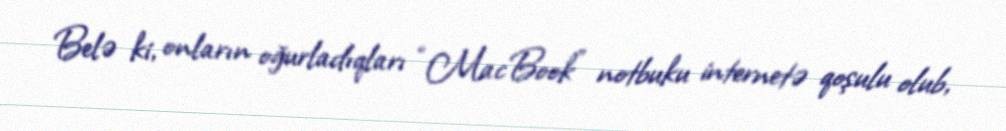
Belə ki, onların oğurladıqları “MacBook” notbuku internetə qoşulu olub,